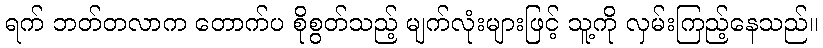
ရက် ဘတ်တလာက တောက်ပ စိုစွတ်သည့် မျက်လုံးများဖြင့် သူ့ကို လှမ်းကြည့်နေသည်။